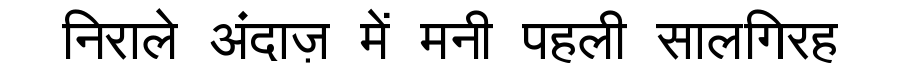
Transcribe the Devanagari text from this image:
निराले अंदाज़ में मनी पहली सालगिरह